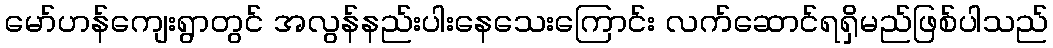
မော်ဟန်ကျေးရွာတွင် အလွန်နည်းပါးနေသေးကြောင်း လက်ဆောင်ရရှိမည်ဖြစ်ပါသည်